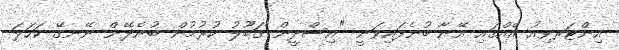
އިންޓަރވިއު އެއްގައި އޭނާ ބުނެފައިވަނީ "އިސްދީން ޤަބޫލު ކުރުމުން ބުނެދޭން ނޭނގޭ ކަހަލަ